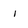
Character: i